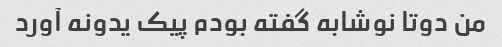
من دوتا نوشابه گفته بودم پیک یدونه آورد